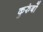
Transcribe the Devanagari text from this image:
कुरुंबों